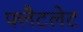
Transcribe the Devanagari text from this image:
फ्लैटलेट